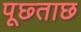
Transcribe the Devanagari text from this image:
पूछ्ताछ